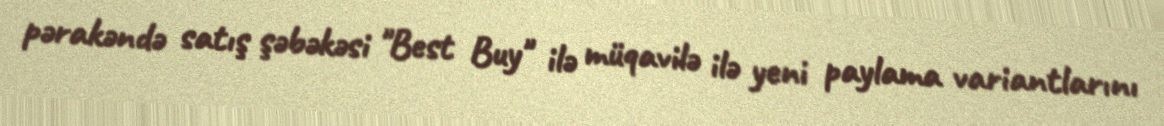
pərakəndə satış şəbəkəsi "Best Buy" ilə müqavilə ilə yeni paylama variantlarını